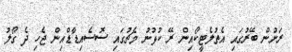
ރަށުން ބޭރުގައި އެތުލެޓީކޯއިން ރޭ ކުޅުނު މެޗުގައި ސޮސެއިޑާޑްއިން ޖެހި ދެ ގޯލު